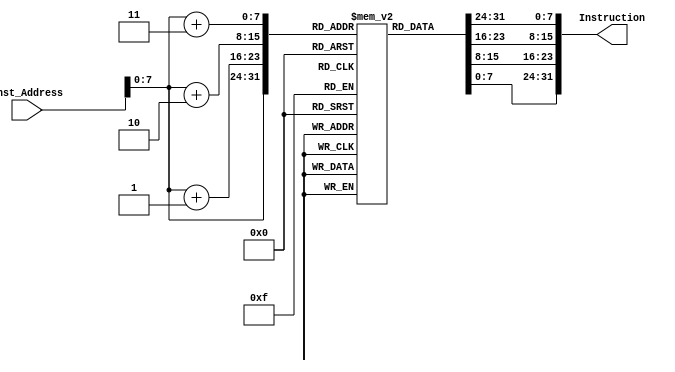
`timescale 1ns / 1ps
 
module Instruction_Memory
(
	input [63:0] Inst_Address,
	output reg [31:0] Instruction
);
	reg [7:0] inst_mem [207:0];
	
	initial
	begin
	inst_mem[0] = 8'h40;
	inst_mem[1] = 8'h30;
	inst_mem[2] = 8'h81;
	inst_mem[3] = 8'h33;
	
	inst_mem[4] = 8'h00;
	inst_mem[5] = 8'h51;
	inst_mem[6] = 8'h76;
	inst_mem[7] = 8'h33;
	
	inst_mem[8] = 8'h00;
	inst_mem[9] = 8'h23;
	inst_mem[10] = 8'h66;
	inst_mem[11] = 8'hb3;
	
	inst_mem[12] = 8'h00;
	inst_mem[13] = 8'h21;
	inst_mem[14] = 8'h07;
	inst_mem[15] = 8'h33;
	
	inst_mem[16] = 8'h06;
	inst_mem[17] = 8'hf1;
	inst_mem[18] = 8'h22;
	inst_mem[19] = 8'h23;
//		inst_mem[0]=8'h13;
//		inst_mem[1]=8'h05;
//		inst_mem[2]=8'h00;
//		inst_mem[3]=8'h00;
		
//		inst_mem[4]=8'h93;
//		inst_mem[5]=8'h02;
//		inst_mem[6]=8'h10;
//		inst_mem[7]=8'h00;
		
//		inst_mem[8]=8'h23;
//		inst_mem[9]=8'h30;
//		inst_mem[10]=8'h55;
//		inst_mem[11]=8'h00;
		
//		inst_mem[12]=8'h93;
//		inst_mem[13]=8'h02;
//		inst_mem[14]=8'h50;
//		inst_mem[15]=8'h00;
		
//		inst_mem[16]=8'h23;
//		inst_mem[17]=8'h34;
//		inst_mem[18]=8'h55;
//		inst_mem[19]=8'h00;
		
//		inst_mem[20]=8'h93;
//		inst_mem[21]=8'h02;
//		inst_mem[22]=8'h30;
//		inst_mem[23]=8'h00;
		
//		inst_mem[24]=8'h23;
//		inst_mem[25]=8'h38;
//		inst_mem[26]=8'h55;
//		inst_mem[27]=8'h00;
		
//		inst_mem[28]=8'h93;		
//		inst_mem[29]=8'h02;
//		inst_mem[30]=8'h40;
//		inst_mem[31]=8'h00;
		
//		inst_mem[32]=8'h23;
//		inst_mem[33]=8'h3C;
//		inst_mem[34]=8'h55;
//		inst_mem[35]=8'h00;
		
//		inst_mem[36]=8'h93;
//		inst_mem[37]=8'h02;
//		inst_mem[38]=8'hA0;
//		inst_mem[39]=8'h00;
		
//		inst_mem[40]=8'h23;
//		inst_mem[41]=8'h30;
//		inst_mem[42]=8'h55;
//		inst_mem[43]=8'h02;
		
//		inst_mem[44]=8'h93;		
//		inst_mem[45]=8'h02;
//		inst_mem[46]=8'h60;
//		inst_mem[47]=8'h01;
		
//		inst_mem[48]=8'h23;
//		inst_mem[49]=8'h34;
//		inst_mem[50]=8'h55;
//		inst_mem[51]=8'h02;
		
//		inst_mem[52]=8'h93;
//		inst_mem[53]=8'h02;
//		inst_mem[54]=8'h20;
//		inst_mem[55]=8'h00;
		
//		inst_mem[56]=8'h23;
//		inst_mem[57]=8'h38;
//		inst_mem[58]=8'h55;
//		inst_mem[59]=8'h02;
		
//		inst_mem[60]=8'h93;
//		inst_mem[61]=8'h02;
//		inst_mem[62]=8'h30;
//		inst_mem[63]=8'h00;
		
//		inst_mem[64]=8'h23;
//		inst_mem[65]=8'h3C;
//		inst_mem[66]=8'h55;
//		inst_mem[67]=8'h02;
		
//		inst_mem[68]=8'h93;
//		inst_mem[69]=8'h02;
//		inst_mem[70]=8'hC0;
//		inst_mem[71]=8'h02;
		
//		inst_mem[72]=8'h23;
//		inst_mem[73]=8'h30;
//		inst_mem[74]=8'h55;
//		inst_mem[75]=8'h04;
		
//		// SIZE OF ARRAY
//		inst_mem[76]=8'h93;
//		inst_mem[77]=8'h05;
//		inst_mem[78]=8'h90;
//		inst_mem[79]=8'h00;
		
//		// CALLING THE PROCEDURES USING BEQ
//		inst_mem[80]=8'h63;
//		inst_mem[81]=8'h04;
//		inst_mem[82]=8'h00;
//		inst_mem[83]=8'h00;
		
//		inst_mem[84]=8'h63;
//		inst_mem[85]=8'h08;
//		inst_mem[86]=8'h00;
//		inst_mem[87]=8'hA0;
		
//		// SEL_SORT
//		inst_mem[88]=8'h93;
//		inst_mem[89]=8'h02;
//		inst_mem[90]=8'h00;
//		inst_mem[91]=8'h00;
		
//		inst_mem[92]=8'h13;
//		inst_mem[93]=8'h03;
//		inst_mem[94]=8'h00;
//		inst_mem[95]=8'h00;
		
//		inst_mem[96]=8'h93;
//		inst_mem[97]=8'h03;
//		inst_mem[98]=8'h00;
//		inst_mem[99]=8'h00;
		
//		inst_mem[100]=8'h13;
//		inst_mem[101]=8'h84;
//		inst_mem[102]=8'h05;
//		inst_mem[103]=8'h00;
		
//		inst_mem[104]=8'h93;
//		inst_mem[105]=8'h85;
//		inst_mem[106]=8'hF5;
//		inst_mem[107]=8'hFF;
		
//		// UNSORTED_ARRAY_BOUNDARY_LOOP
//		inst_mem[108]=8'h63;
//		inst_mem[109]=8'h80;
//		inst_mem[110]=8'hb2;
//		inst_mem[111]=8'h06;
		
//		inst_mem[112]=8'h93;
//		inst_mem[113]=8'h83;
//		inst_mem[114]=8'h02;
//		inst_mem[115]=8'h00;
		
//		inst_mem[116]=8'h13;
//		inst_mem[117]=8'h83;
//		inst_mem[118]=8'h12;
//		inst_mem[119]=8'h00;
		
//		// SUBARRAY_LOOP
//		inst_mem[120]=8'h63;
//		inst_mem[121]=8'h06;
//		inst_mem[122]=8'h83;
//		inst_mem[123]=8'h02;
		
//		inst_mem[124]=8'h13;
//		inst_mem[125]=8'h1F;
//		inst_mem[126]=8'h33;
//		inst_mem[127]=8'h00;
		
//		inst_mem[128]=8'hB3;
//		inst_mem[129]=8'h0F;
//		inst_mem[130]=8'hE5;
//		inst_mem[131]=8'h01;
		
//		inst_mem[132]=8'h83;
//		inst_mem[133]=8'hBE;
//		inst_mem[134]=8'h0F;
//		inst_mem[135]=8'h00;
		
//		inst_mem[136]=8'h13;
//		inst_mem[137]=8'h9F;
//		inst_mem[138]=8'h33;
//		inst_mem[139]=8'h00;
		
//		inst_mem[140]=8'hB3;
//		inst_mem[141]=8'h0F;
//		inst_mem[142]=8'hE5;
//		inst_mem[143]=8'h01;
		
//		inst_mem[144]=8'h03;
//		inst_mem[145]=8'hBE;
//		inst_mem[146]=8'h0f;
//		inst_mem[147]=8'h00;
		
//		inst_mem[148]=8'h63;
//		inst_mem[149]=8'h44;
//		inst_mem[150]=8'hDE;
//		inst_mem[151]=8'h01;
		
//		inst_mem[152]=8'h93;
//		inst_mem[153]=8'h03;
//		inst_mem[154]=8'h03;
//		inst_mem[155]=8'h00;
		
//		// MIN_REMAINS_SAME
//		inst_mem[156]=8'h13;
//		inst_mem[157]=8'h03;
//		inst_mem[158]=8'h13;
//		inst_mem[159]=8'h00;
		
//		inst_mem[160]=8'he3;
//		inst_mem[161]=8'h0c;
//		inst_mem[162]=8'h00;
//		inst_mem[163]=8'hFc;
		
//		// END_SUBARRAY_LOOP
//		inst_mem[164]=8'h13;
//		inst_mem[165]=8'h9F;
//		inst_mem[166]=8'h33;
//		inst_mem[167]=8'h00;
		
//		inst_mem[168]=8'hB3;
//		inst_mem[169]=8'h0F;
//		inst_mem[170]=8'hE5;
//		inst_mem[171]=8'h01;
		
//		inst_mem[172]=8'h03;
//		inst_mem[173]=8'hBE;
//		inst_mem[174]=8'h0F;
//		inst_mem[175]=8'h00;
		
//		inst_mem[176]=8'h13;
//		inst_mem[177]=8'h93;
//		inst_mem[178]=8'h32;
//		inst_mem[179]=8'h00;
		
//		inst_mem[180]=8'h33;
//		inst_mem[181]=8'h03;
//		inst_mem[182]=8'hA3;
//		inst_mem[183]=8'h00;
		
//		inst_mem[184]=8'h83;
//		inst_mem[185]=8'h3E;
//		inst_mem[186]=8'h03;
//		inst_mem[187]=8'h00;
		
//		inst_mem[188]=8'h23;
//		inst_mem[189]=8'h30;
//		inst_mem[190]=8'hc3;
//		inst_mem[191]=8'h01;
		
//		inst_mem[192]=8'h23;
//		inst_mem[193]=8'hB0;
//		inst_mem[194]=8'hdF;
//		inst_mem[195]=8'h01;
		
//		inst_mem[196]=8'h93;
//		inst_mem[197]=8'h82;
//		inst_mem[198]=8'h12;
//		inst_mem[199]=8'h00;
		
//		inst_mem[200]=8'he3;
//		inst_mem[201]=8'h02;
//		inst_mem[202]=8'h00;
//		inst_mem[203]=8'hfa;
		
//		// END UNSORTED ARRAY BOUNDARY LOOP
//		inst_mem[204]=8'h63;
//		inst_mem[205]=8'h00;
//		inst_mem[206]=8'h00;
//		inst_mem[207]=8'h00;
		
	end
	
	
	always @(Inst_Address)
	begin
		Instruction={inst_mem[Inst_Address+3],inst_mem[Inst_Address+2],inst_mem[Inst_Address+1],inst_mem[Inst_Address]};
	end
endmodule